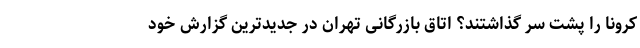
کرونا را پشت سر گذاشتند؟ اتاق بازرگانی تهران در جدیدترین گزارش خود